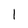
Character: l